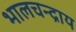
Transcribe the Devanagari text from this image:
भालचन्द्राय